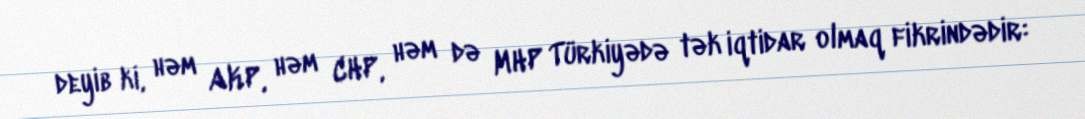
deyib ki, həm AKP, həm CHP, həm də MHP Türkiyədə tək iqtidar olmaq fikrindədir: